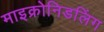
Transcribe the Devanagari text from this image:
माइक्रोनिडलिंग